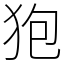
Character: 狍